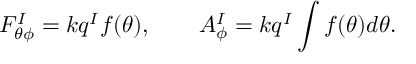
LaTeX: F _ { \theta \phi } ^ { I } = k q ^ { I } f ( \theta ) , \qquad A _ { \phi } ^ { I } = k q ^ { I } \int f ( \theta ) d \theta .